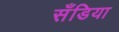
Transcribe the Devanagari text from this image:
सँडिया